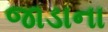
જાડાના